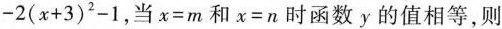
$$-2(x+3)^{2}-1$$，当$$x=m$$和$$x=n$$时函数y的值相等，则